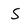
Character: S